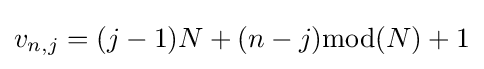
v_{n,j}=(j-1)N+(n-j){\text{mod}}(N)+1